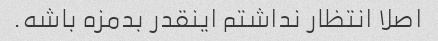
اصلا انتظار نداشتم اینقدر بدمزه باشه.